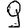
Digit: 9